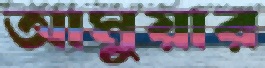
আমুয়ার